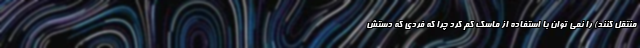
منتقل کنند) را نمی توان با استفاده از ماسک کم کرد چرا که فردی که دستش